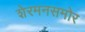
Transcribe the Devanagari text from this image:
शेरमनसमोर